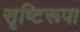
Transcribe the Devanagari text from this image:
सृष्टिरूपा